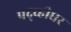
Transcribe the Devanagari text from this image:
पद्व्हीधर